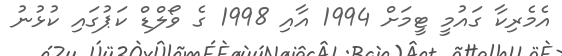
އެމެރިކާ ގައުމީ ޓީމަށް 1994 އާއި 1998 ގެ ވޯލްޑް ކަޕުގައި ކުޅުނު